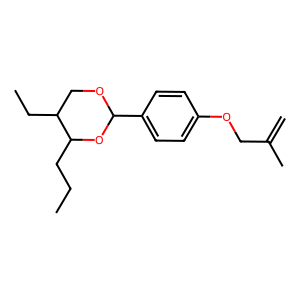
SMILES: C=C(C)COc1ccc(C2OCC(CC)C(CCC)O2)cc1
Inhibits HIV replication: No